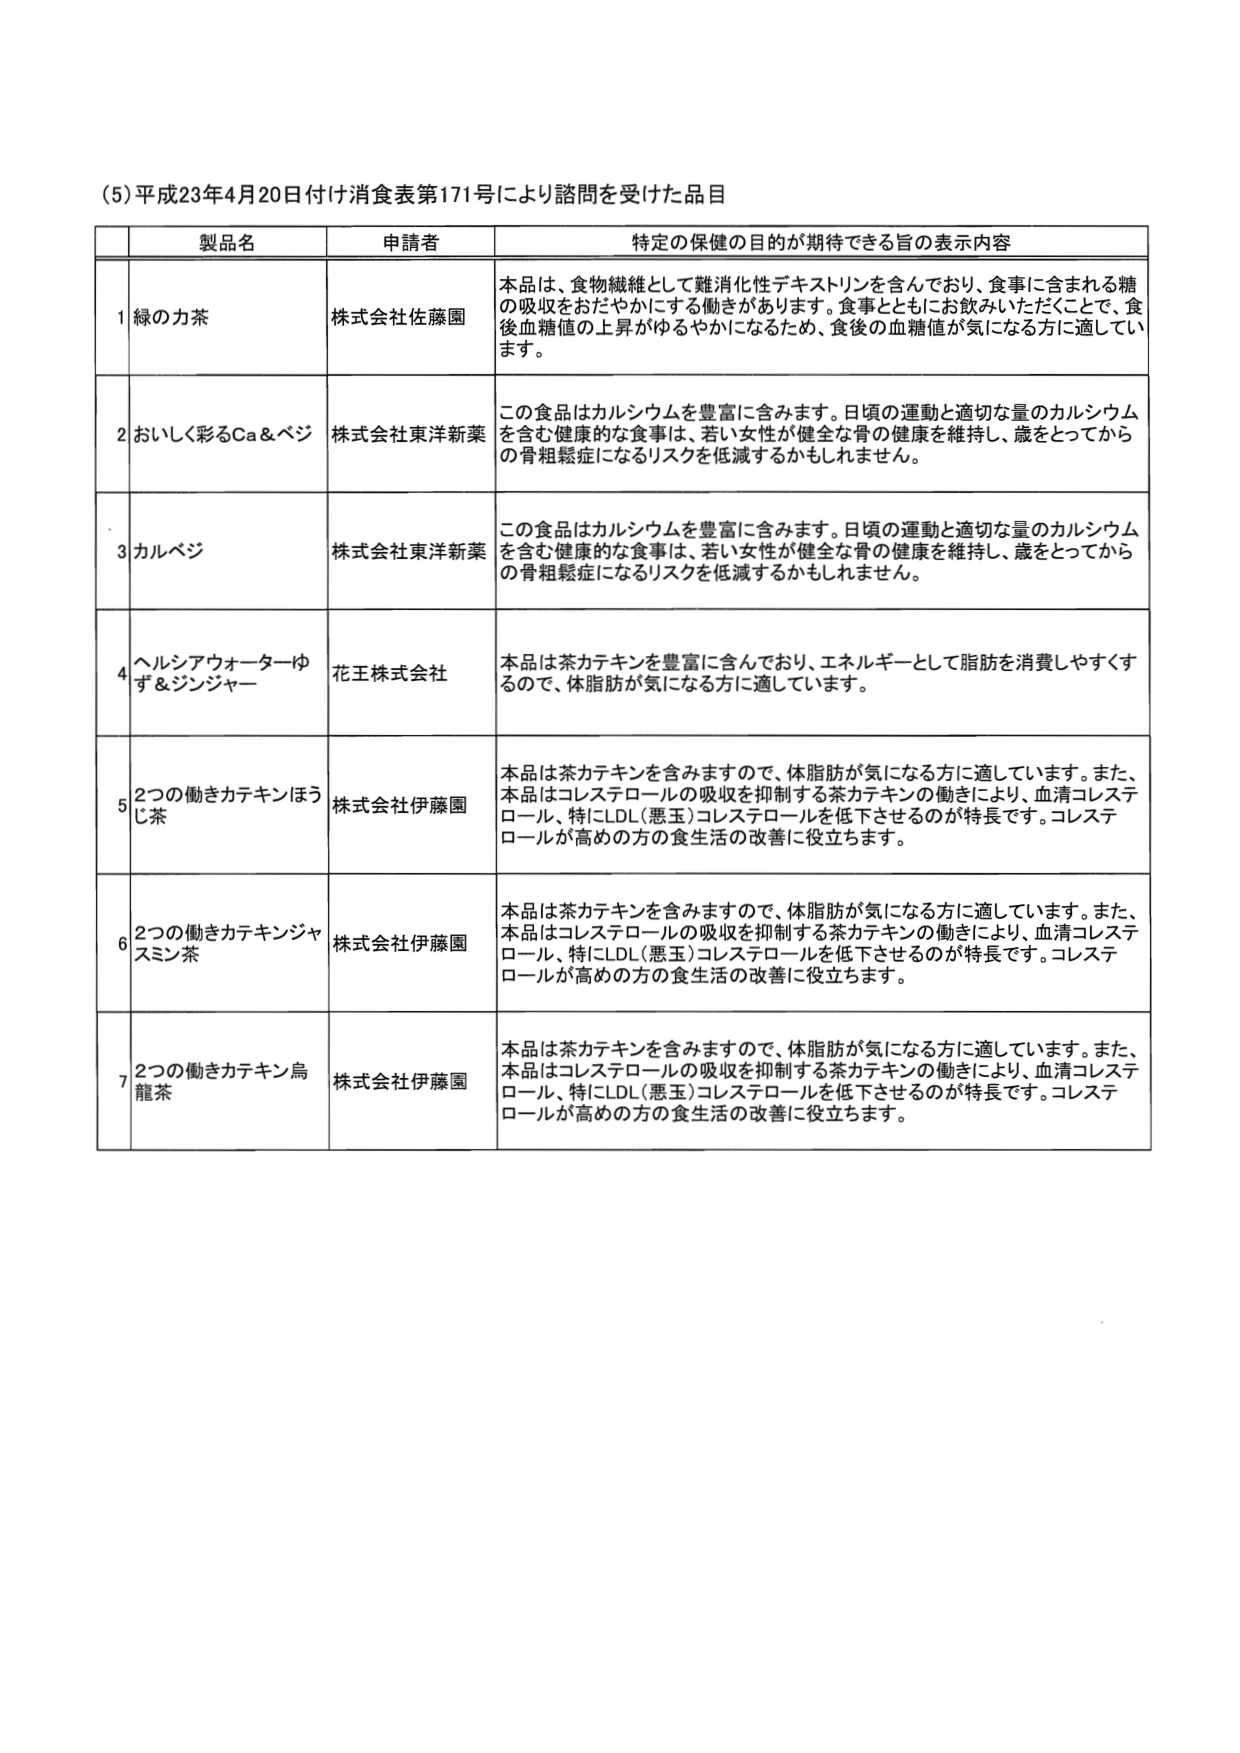
(5) 平成23年4月20日付け消費表第171号により諮問を受けた品目

製品名 申請者 特定の保健的目的が期待できる旨の表示内容

1 緑の力茶 株式会社佐藤園 本品は、食物繊維として難消化性デキストリンを含んでおり、食事に含まれる糖の吸収をおだやかにする働きがあります。食事とともにお飲みいただくことで、食後血糖値の上昇がゆるやかになるため、食後の血糖値が気になる方に適しています。

2 おいしく彩るCa＆ベジ 株式会社東洋新薬 この食品はカルシウムを豊富に含みます。日頃の運動と適切な量のカルシウムを含む健康的な食事は、若い女性が健全な骨の健康を維持し、歳をとってからの骨粗鬆症になるリスクを低減するかもしれません。

3 カルベジ 株式会社東洋新薬 この食品はカルシウムを豊富に含みます。日頃の運動と適切な量のカルシウムを含む健康的な食事は、若い女性が健全な骨の健康を維持し、歳をとってからの骨粗鬆症になるリスクを低減するかもしれません。

4 ヘルシアウォーターゆず＆ジンジャー 花王株式会社 本品は茶カテキンを豊富に含んでおり、エネルギーとして脂肪を消費しやすくなるので、体脂肪が気になる方に適しています。

5 2つの働きカテキンほうじ茶 株式会社伊藤園 本品は茶カテキンを含みますので、体脂肪が気になる方に適しています。また、本品はコレステロールの吸収を抑制する茶カテキンの働きにより、血清コレステロール、特にLDL（悪玉）コレステロールを低下させるのが特長です。コレステロールが高めの方の食生活の改善に役立ちます。

6 2つの働きカテキンジャスミン茶 株式会社伊藤園 本品は茶カテキンを含みますので、体脂肪が気になる方に適しています。また、本品はコレステロールの吸収を抑制する茶カテキンの働きにより、血清コレステロール、特にLDL（悪玉）コレステロールを低下させるのが特長です。コレステロールが高めの方の食生活の改善に役立ちます。

7 2つの働きカテキン烏龍茶 株式会社伊藤園 本品は茶カテキンを含みますので、体脂肪が気になる方に適しています。また、本品はコレステロールの吸収を抑制する茶カテキンの働きにより、血清コレステロール、特にLDL（悪玉）コレステロールを低下させるのが特長です。コレステロールが高めの方の食生活の改善に役立ちます。